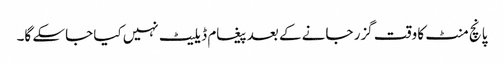
پانچ منٹ کا وقت گزر جانے کے بعد پیغام ڈیلیٹ نہیں کیا جاسکے گا۔